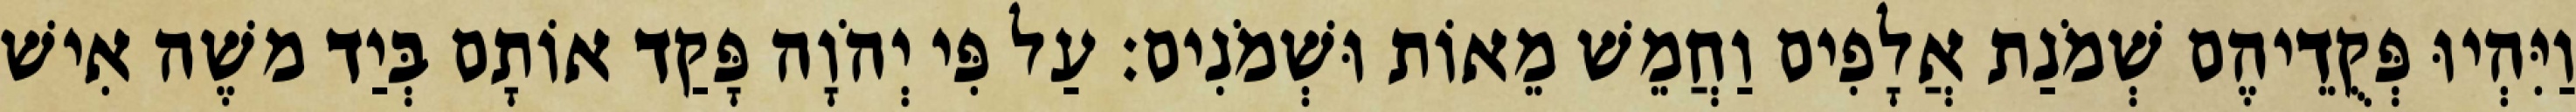
וַיִּהְיוּ פְּקֻדֵיהֶם שְׁמֹנַת אֲלָפִים וַחֲמֵשׁ מֵאוֹת וּשְׁמֹנִים׃ עַל פִּי יְהֹוָה פָּקַד אוֹתָם בְּיַד משֶׁה אִישׁ